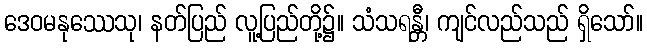
ဒေဝမနုဿေသု၊ နတ်ပြည် လူ့ပြည်တို့၌။ သံသရန္တီ၊ ကျင်လည်သည် ရှိသော်။